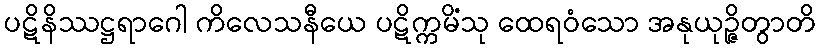
ပဋိနိဿဋ္ဌရာဂေါ ကိလေသနီယေ ပဋိက္ကမိံသု ထေရဝံသော အနုယုဉ္ဇိတွာတိ